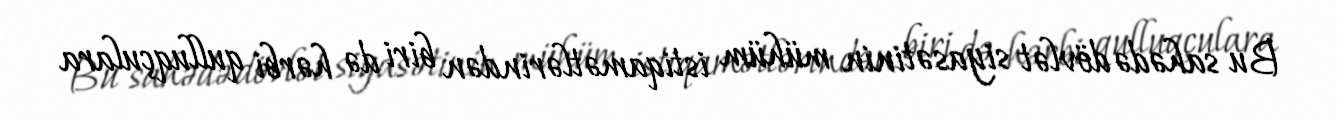
Bu sahədə dövlət siyasətinin mühüm istiqamətlərindən biri də hərbi qulluqçulara